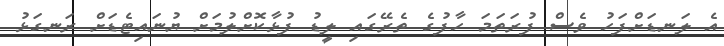
އެ ލަނޑަށްފަހު ވެސް ފުރަތަމަ ހާފުގެ ތެރޭގައި ލީޑު ފުޅާކޮށްލުމަށް ޔުނައިޓެޑަށް ރަނގަޅު